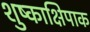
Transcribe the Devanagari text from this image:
शुष्काक्षिपाक